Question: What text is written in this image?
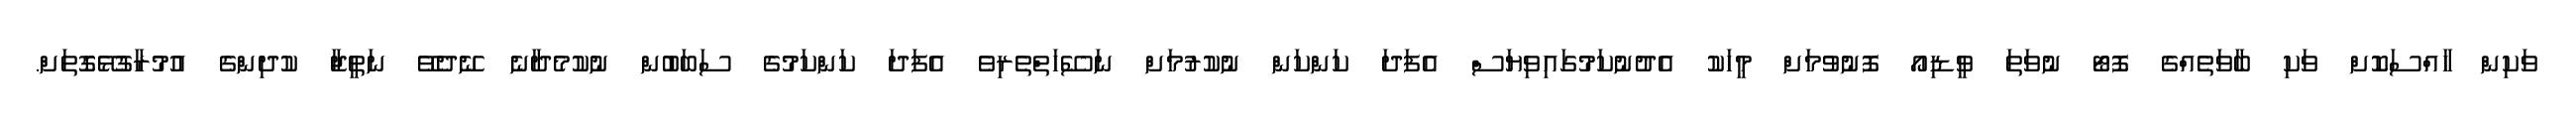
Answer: ވަކިން ހާއްސަކޮށް ވަކި ބާވަތެއްގެ ފޮޓޯ ނުވަތަ ވީޑިއޯ ފޮނުވުމަށް މީހަކު އެދުނުކަމުގައިވިޔަސް އެފަދަ ކަންކަން ނުކުރުމަށް ނަސޭހަތްތެރިވެ އެފަދަ ކަންކަމުގެ ސަބަބުން ނުކުމެދާނެ ނޭދެވޭ ނަތީޖާ ކުދިންގެ އުމުރާގުޅޭގޮތަށް.